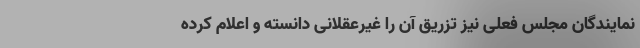
نمایندگان مجلس فعلی نیز تزریق آن را غیرعقلانی دانسته و اعلام کرده